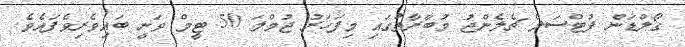
ގޯލްޑަން ފުޓްސަލް ޗެލެންޖު މުބާރާތުގައި މިފަހަރު ޖުމްލަ 50 ޓީމް ވަނީ ބައިވެރިވެފައެވެ.